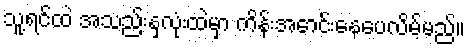
သူ့ရင်ထဲ အသည်းနှလုံးထဲမှာ ကိန်းအောင်းနေပေလိမ့်မည်။